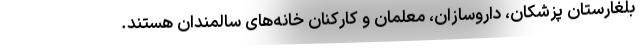
بلغارستان پزشکان، داروسازان، معلمان و کارکنان خانه‌های سالمندان هستند.